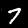
Label: 7